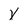
Character: x